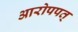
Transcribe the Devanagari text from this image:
आरोपपत्